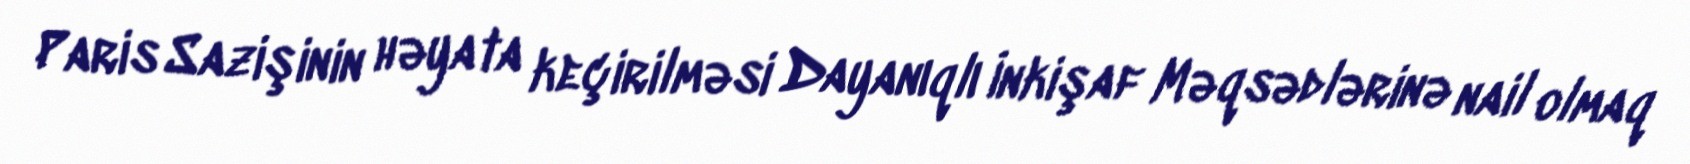
Paris Sazişinin həyata keçirilməsi Dayanıqlı İnkişaf Məqsədlərinə nail olmaq